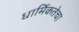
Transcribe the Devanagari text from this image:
धार्मिकतेचा